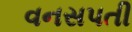
વનસપતી